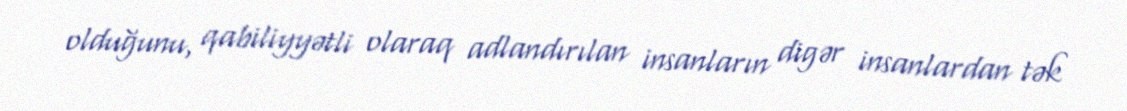
olduğunu, qabiliyyətli olaraq adlandırılan insanların digər insanlardan tək